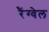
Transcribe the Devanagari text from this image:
रैंग्वेल